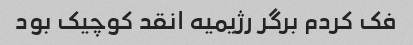
فک کردم برگر رژیمیه انقد کوچیک بود